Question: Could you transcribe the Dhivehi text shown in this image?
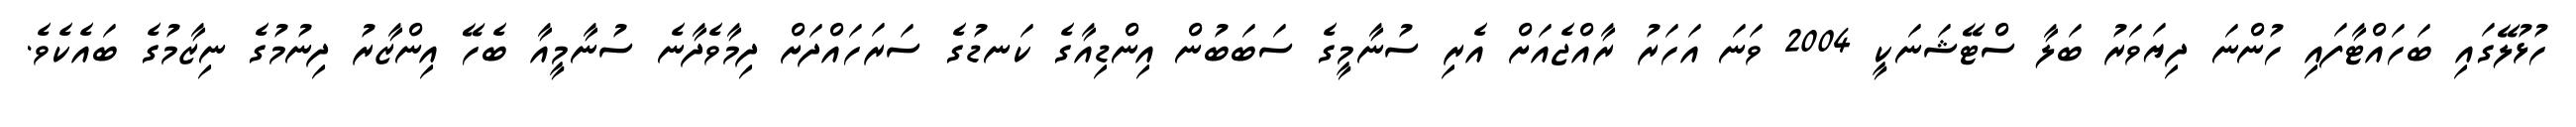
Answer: ހުޅުލޭގައި ބަހައްޓާފައި ހުންނަ ދިޔަވަރު ބަލާ ސްޓޭޝަނަކީ 2004 ވަނަ އަހަރު ރާއްޖެއަށް އެރި ސުނާމީގެ ސަބަބުން އިންޑިއާގެ ކަނޑުގެ ސަރަހައްދަށް ދިމާވެދާނެ ސުނާމީއާ ބެހޭ އިންޒާރު ދިނުމުގެ ނިޒާމުގެ ބައެކެވެ.